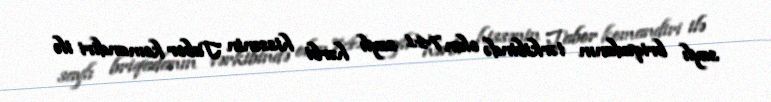
saylı briqadanın tərkibində olan 741 saylı hərbi hissənin Tabor komandiri ilə